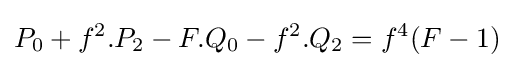
P_{0}+f^{2}.P_{2}-F.Q_{0}-f^{2}.Q_{2}=f^{4}(F-1)